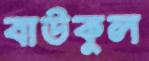
বাউকুল